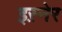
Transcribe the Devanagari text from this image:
इस़्नेर